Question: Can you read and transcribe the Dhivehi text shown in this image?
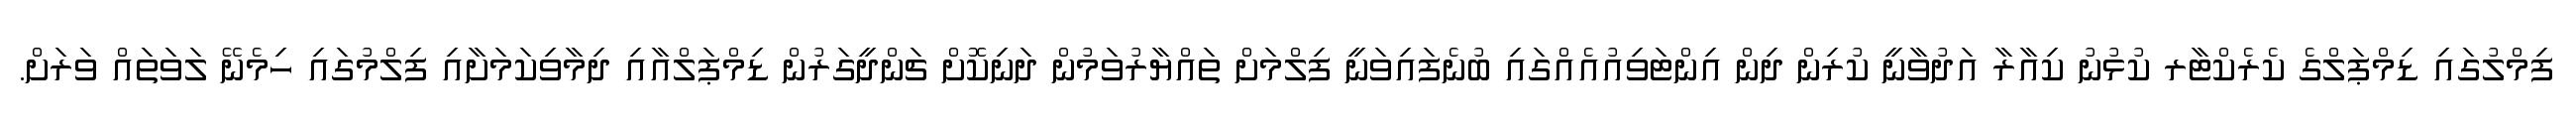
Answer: ފިމްލުގައި ޑިމްޕަލްގެ ކެރެކްޓާރ ކުޅުނު ކިއާރާ އަދުވާނީ ކުރިން ދިން އިންޓަވިއުއެއްގައި ބުނެފައިވަނީ ފިލްމަށް ތައްޔާރުވަމުން ދަނިކޮށް ޗަންދީގަރުން ޑިމްޕަލްއާއި ދިމާވިކަމަށާއި ފިލްމުގައި ހިމެނޭ ލަވަތައް ވަރަށް.